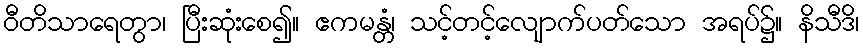
ဝီတိသာရေတွာ၊ ပြီးဆုံးစေ၍။ ဧကမန္တံ၊ သင့်တင့်လျောက်ပတ်သော အရပ်၌။ နိသီဒိ၊